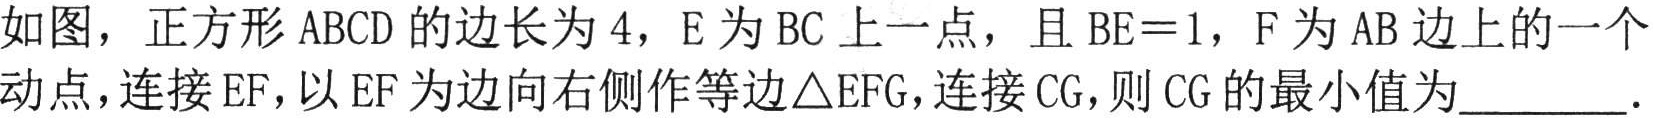
如图，正方形 \(ABCD\) 的边长为 \(4\)，\(E\) 为 \(BC\) 上一点，且 \(BE = 1\)，\(F\) 为 \(AB\) 边上的一个动点，连接 \(EF\)，以 \(EF\) 为边向右侧作等边 \(\triangle EFG\)，连接 \(CG\)，则 \(CG\) 的最小值为________．